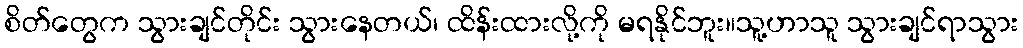
စိတ်တွေက သွားချင်တိုင်း သွားနေတယ်၊ ထိန်းထားလို့ကို မရနိုင်ဘူး။သူ့ဟာသူ သွားချင်ရာသွား